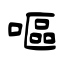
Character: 嘔